Civil Veterinary Dept. Bombay admin report 1893-99 - 1893-1899
Year: 1893
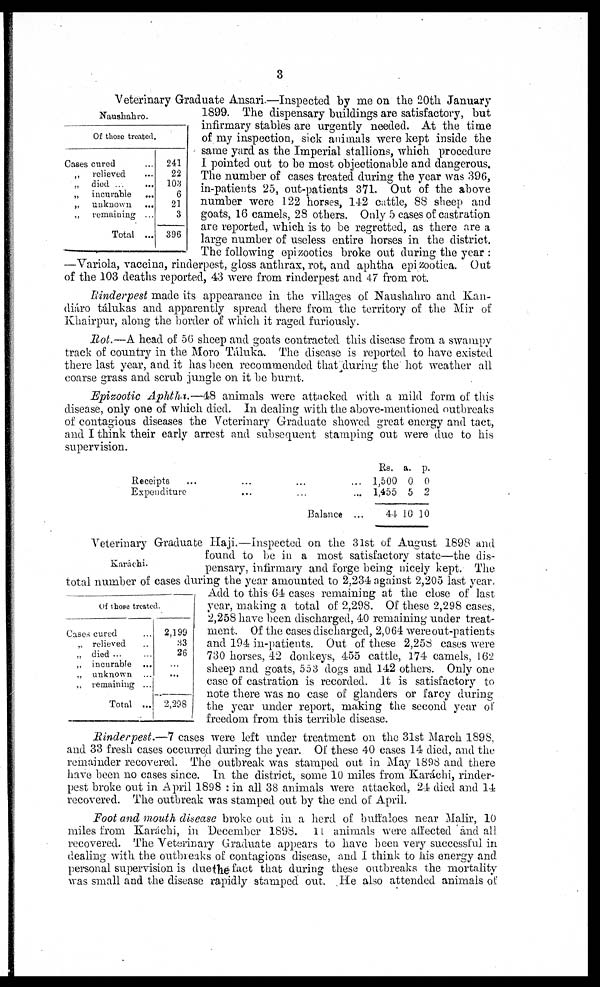
3
Naushahro.
Of those treated.
Cases cured ...
„ relieved ...
„ died ...
...
„ incurable
...
„ unknown
...
„ remaining ...
Total ...
241
22
103
6
21
3
396
Veterinary Graduate Ansari.—Inspected by me on the 20th January
1899. The dispensary buildings are satisfactory, but
infirmary stables are urgently needed. At the time
of my inspection, sick animals were kept inside the
same yard as the Imperial stallions, which procedure
I pointed out to be most objectionable and dangerous.
The number of cases treated during the year was 396,
in-patients 25, out-patients 371. Out of the above
number were 122 horses, 142 cattle, 88 sheep and
goats, 16 camels, 28 others. Only 5 cases of castration
are reported, which is to be regretted, as there are a
large number of useless entire horses in the district.
The following epizootics broke out during the year:
—Variola, vaccina, rinderpest, gloss anthrax, rot, and aphtha epizootica. Out
of the 103 deaths reported, 43 were from rinderpest and 47 from rot.
Rinderpest made its appearance in the villages of Naushahro and Kan-
diáro tálukas and apparently spread there from the territory of the Mir of
Khairpur, along the border of which it raged furiously.
Rot.—A head of 56 sheep and goats contracted this disease from a swampy
track of country in the Moro Táluka. The disease is reported to have existed
there last year, and it has been recommended that during the hot weather all
coarse grass and scrub jungle on it be burnt.
Epizootic Aphtha.—48 animals were attacked with a mild form of this
disease, only one of which died. In dealing with the above-mentioned outbreaks
of contagious diseases the Veterinary Graduate showed great energy and tact,
and I think their early arrest and subsequent stamping out were due to his
supervision.
Receipts
...
...
...
...
Expenditure
... ... ...
Balance ...
Rs.
1,500
1,455
44
a.
0
5
10
p.
0
2
10
Karáchi.
Of those treated.
Cases cured ...
„ relieved ..
„ died ... ...
„ incurable ...
„ unknown ...
„ remaining ...
Total ...
2,199
33
26
...
...
2,298
Veterinary Graduate Haji.—Inspected on the 31st of August 1898 and
found to be in a most satisfactory state—the dis-
pensary, infirmary and forge being nicely kept. The
total number of cases during the year amounted to 2,234 against 2,205 last year.
Add to this 64 cases remaining at the close of last
year, making a total of 2,298. Of these 2,298 cases,
2,258 have been discharged, 40 remaining under treat-
ment. Of the cases discharged, 2,064 were out-patients
and 194 in-patients. Out of these 2,258 cases were
730 horses, 42 donkeys, 455 cattle, 174 camels, 162
sheep and goats, 553 dogs and 142 others. Only one
case of castration is recorded. It is satisfactory to
note there was no case of glanders or farcy during
the year under report, making the second year of
freedom from this terrible disease.
Rinderpest.—7 cases were left under treatment on the 31st March 1898,
and 33 fresh cases occurred during the year. Of these 40 cases 14 died, and the
remainder recovered. The outbreak was stamped out in May 1898 and there
have been no cases since. In the district, some 10 miles from Karáchi, rinder-
pest broke out in April 1898 : in all 38 animals were attacked, 24 died and 14
recovered. The outbreak was stamped out by the end of April.
Foot and mouth disease broke out in a herd of buffaloes near Malir, 10
miles from Karáchi, in December 1898. 11 animals were affected and all
recovered. The Veterinary Graduate appears to have been very successful in
dealing with the outbreaks of contagions disease, and I think to his energy and
personal supervision is due the fact that during these outbreaks the mortality
was small and the disease rapidly stamped out. He also attended animals of